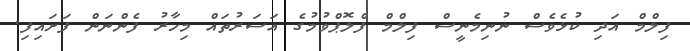
ފިލްމް އަދި ކުޅެވެސް ނުނިމެނީސް ފިލްމް ފްލޮޕްވުމުގެ އަސަރުތައް މިހާރު ފެންނަން ފަށައިފި.